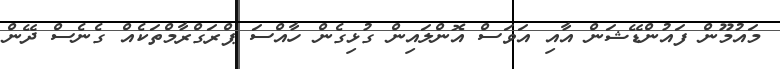
މައުމޫން ފައުންޑޭޝަން އާއި އަވަސް އޮންލައިން ގުޅިގެން ހާއްސަ ޕްރަގްރާމްތަކެއް ގެނެސް ދޭން